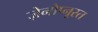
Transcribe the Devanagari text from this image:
ज़ेनोप्नूस्त